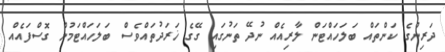
ދަރިންގެ ކަންތައް ބަލަހައްޓަން ލާރިއެއް ނުދޭ ތަނުގައި ގޭގެ ޚަރަދުތައްވެސް ބަލަހައްޓަމުން ގޮސްފައެއް